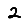
Digit: 2